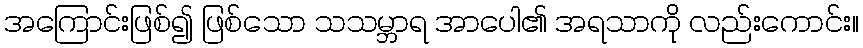
အကြောင်းဖြစ်၍ ဖြစ်သော သသမ္ဘာရ အာပေါ၏ အရသာကို လည်းကောင်း။